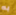
به